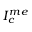
I _ { c } ^ { m e }